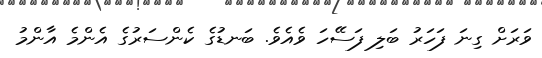
ވަރަށް ގިނަ ފަހަރު ބަލި ފަސޭހަ ވެއެވެ. ބަނޑުގެ ކެންސަރުގެ އެންމެ އާންމު